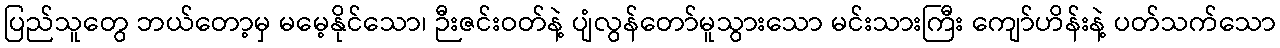
ပြည်သူတွေ ဘယ်တော့မှ မမေ့နိုင်သော၊ ဉီးဇင်းဝတ်နဲ့ ပျံလွန်တော်မူသွားသော မင်းသားကြီး ကျော်ဟိန်းနဲ့ ပတ်သက်သော